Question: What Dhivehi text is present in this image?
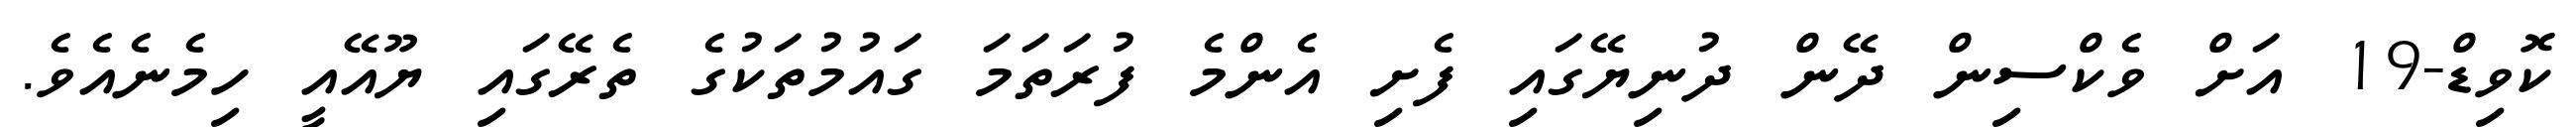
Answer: ކޮވިޑް-19 އަށް ވެކްސިން ދޭން ދުނިޔޭގައި ފެށި އެންމެ ފުރަތަމަ ގައުމުތަކުގެ ތެރޭގައި ޔޫއޭއީ ހިމެނެއެވެ.